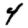
Digit: 4